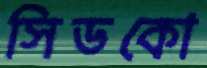
সিডকো